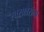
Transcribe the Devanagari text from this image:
स्वराक्षरांना